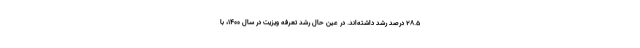
۲۸.۵ درصد رشد داشته‌اند. در عین حال رشد تعرفه ویزیت در سال ۱۴۰۰، با